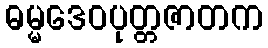
ဓမ္မဒေဝပုတ္တဇာတက